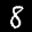
Label: 8